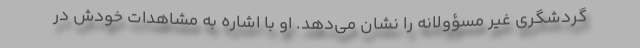
گردشگری غیر مسؤولانه را نشان می‌دهد. او با اشاره به مشاهدات خودش در